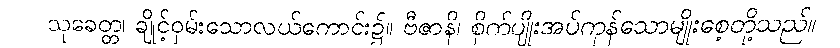
သုခေတ္တ၊ ချိုင့်ဝှမ်းသောလယ်ကောင်း၌။ ဗီဇာနိ၊ စိုက်ပျိုးအပ်ကုန်သောမျိုးစေ့တို့သည်။